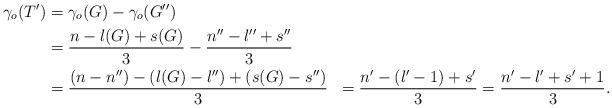
LaTeX: \begin{align*}\gamma_{o}(T') & =\gamma_{o}(G)- \gamma_{o}(G^{\prime\prime})\\& =\frac{n-l(G)+s(G)}{3}-\frac{n^{\prime\prime}-l^{\prime\prime}+s^{\prime\prime}}{3}\\& =\frac{(n-n^{\prime\prime})-(l(G)-l^{\prime\prime})+(s(G)-s^{\prime\prime})}{3}& =\frac{n'-(l'-1)+s'}{3}=\frac{n'-l'+s'+1}{3}.\end{align*}